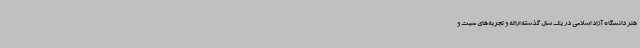
هنر دانشگاه آزاد اسلامی در یک سال گذشته ارائه و تجربه‌های مثبت و